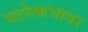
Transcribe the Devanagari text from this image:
घटोत्कचावर